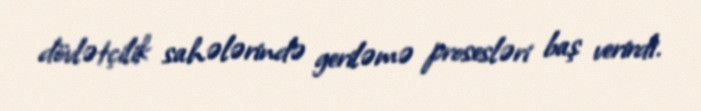
dövlətçilik sahələrində geriləmə prosesləri baş verirdi.